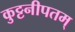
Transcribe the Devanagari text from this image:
कुट्टनीपतम्